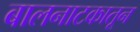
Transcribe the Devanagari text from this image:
बालनाटकातून